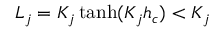
L _ { j } = K _ { j } \operatorname { t a n h } ( K _ { j } h _ { c } ) < K _ { j }